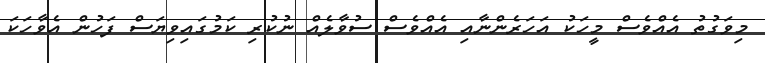
މިވަގުތު އެއްވެސް މީހަކު އަހަރެންނާއި އެއްވެސް ސުވާލެއް ނުކުރި ކަމުގައިވިޔަސް ފަހުން އެވާހަކަ